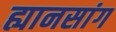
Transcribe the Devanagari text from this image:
ह्यानसांग